Civil Veterinary Dept. Bombay admin report 1932-41 - 1932-1941
Year: 1932
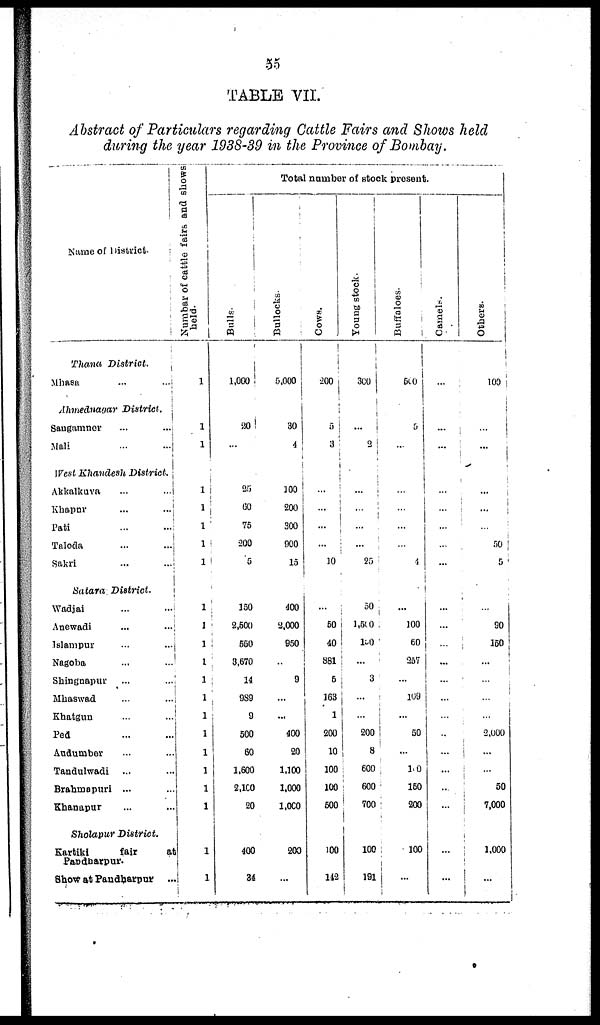
55
TABLE VII.
Abstract of Particulars regarding Cattle Fairs and Shows held
during the year 1938-39 in the Province of Bombay.
Name of 1 District.
Thana District.
Mhasa
...
...
Ahmednauar
District.
Saugamner ... ...
Mali
...
...
West Khandesh District.
Akkalkuva
...
...
Khapnr
...
...
Pati
...
...
Taloda
...
...
Sakri
...
...
Satara District.
Wadjai
...
...
Anewadi
...
...
Islampur
...
...
Nagoba ... ...
Shingnapur
...
...
Mhaswad
...
...
Khatgun ... ...
Ped ... ...
Andumber ... ...
Tandulwadi ... ...
Brahmapuri ... ...
Khanapur ... ...
Sholapur
District.
Kartiki
fair
at
Pandharpur.
Show at Pandharpur ...
Numbar of cattle fairs ana shows
1
1
1
1
1
1
1
1
1
1
1
1
1
1
1
1
1
1
1
1
1
1
Total number of stock present.
Bulls.
1,000
30
...
25
60
75
200
6
150
2,500
550
3,670
14
989
9
500
60
1,600
2,100
20
400
30
Bullocks.
5,000
30
4
100
200
300
900
15
400
2,000
950
...
9
...
...
400
20
1,100
1,000
1,000
200
...
Cows.
200
5
3
...
...
...
...
10
...
50
40
881
5
163
1
200
10
100
100
500
100
142
Young stock.
300
...
2
...
...
...
...
25
50
1,500
150
...
3
...
...
200
8
600
600
700
100
191
Buffaloes.
500
5
...
...
...
...
...
4
...
100
60
257
...
109
...
50
...
100
150
200
100
...
Camels.
...
...
...
...
...
...
...
...
...
...
...
...
...
...
...
...
...
...
...
...
...
...
Others.
100
...
......
...
...
...
50
5
...
90
150
...
...
......
...
2,000
...
...
50
7,000
1,000
...